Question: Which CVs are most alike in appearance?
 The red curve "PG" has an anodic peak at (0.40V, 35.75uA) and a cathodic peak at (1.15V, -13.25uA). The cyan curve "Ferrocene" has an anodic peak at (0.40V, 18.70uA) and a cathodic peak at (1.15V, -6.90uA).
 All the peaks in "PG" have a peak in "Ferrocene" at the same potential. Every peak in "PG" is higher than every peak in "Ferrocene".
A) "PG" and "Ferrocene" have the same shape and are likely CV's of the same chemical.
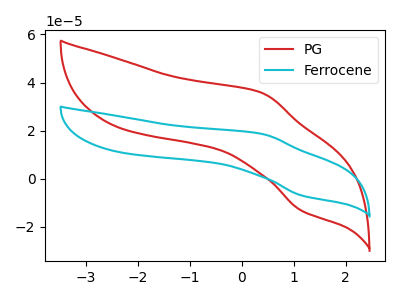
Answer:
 <answer>A) "PG" and "Ferrocene" have the same shape and are likely CV's of the same chemical.</answer>
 <eval>A</eval>